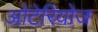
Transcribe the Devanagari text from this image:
ओंटेरियोज